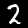
Digit: 2